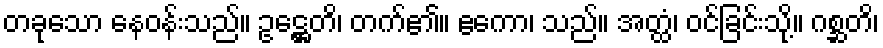
တခုသော နေဝန်းသည်။ ဥဋ္ဌေတိ၊ တက်၏။ ဧကော၊ သည်။ အတ္ထံ၊ ဝင်ခြင်းသို့။ ဂစ္ဆတိ၊